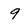
Character: 9